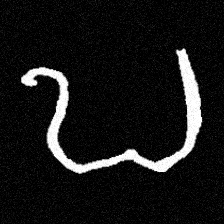
Pyu character \u2014 Myanmar letter: ဎ (romanized: ddha)